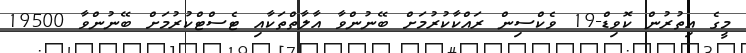
މީގެ އިތުރުން ކޮވިޑް-19 ވެކްސިން ރައްކާކުރުމަށް ބޭނުންވާ އާލާތްތަކާއި ޓެސްޓްކުރުމަށް ބޭނުންވާ 19500